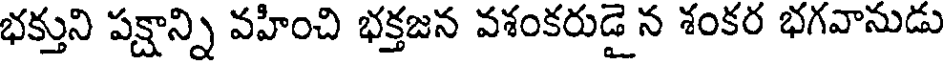
భక్తుని పక్షాన్ని వహించి భక్తజన వశంకరుడై న శంకర భగవానుడు